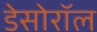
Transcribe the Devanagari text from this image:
डेसोरॉल